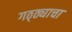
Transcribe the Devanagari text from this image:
गठ्ठ्याचा